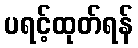
ပရင့်ထုတ်ရန်